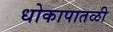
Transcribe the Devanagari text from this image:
धोकापातळी